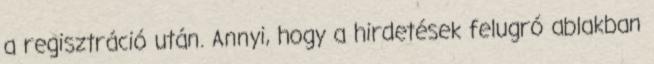
a regisztráció után. Annyi, hogy a hirdetések felugró ablakban